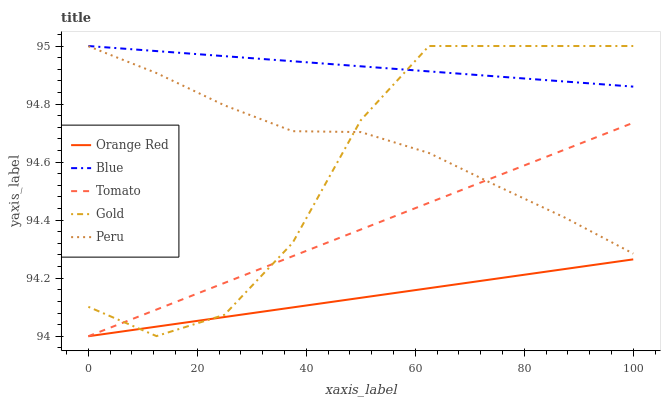
| xaxis_label | Orange Red | Blue | Tomato | Gold | Peru |
 | --- | --- | --- | --- | --- | --- |
 | 0 | 94 | 95 | 94 | 94.1 | 95 |
 | 12.5 | 94 | 95 | 94.1 | 94 | 94.9 |
 | 25 | 94.1 | 95 | 94.2 | 94.1 | 94.8 |
 | 37.5 | 94.1 | 94.9 | 94.3 | 94.3 | 94.7 |
 | 50 | 94.1 | 94.9 | 94.4 | 94.7 | 94.7 |
 | 62.5 | 94.2 | 94.9 | 94.5 | 95 | 94.6 |
 | 75 | 94.2 | 94.9 | 94.6 | 95 | 94.5 |
 | 87.5 | 94.2 | 94.9 | 94.6 | 95 | 94.4 |
 | 100 | 94.3 | 94.9 | 94.7 | 95 | 94.3 |